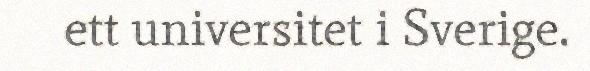
ett universitet i Sverige.